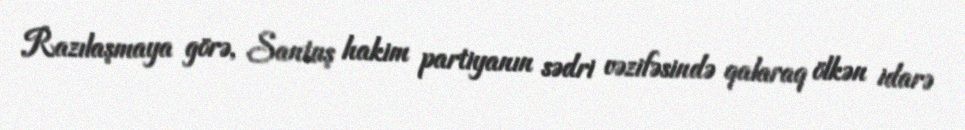
Razılaşmaya görə, Santuş hakim partiyanın sədri vəzifəsində qalaraq ölkən idarə